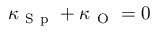
\kappa _ { \mathrm { ~ S ~ p ~ } } + \kappa _ { \mathrm { ~ O ~ } } = 0